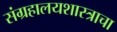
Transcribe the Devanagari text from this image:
संग्रहालयशास्त्राचा